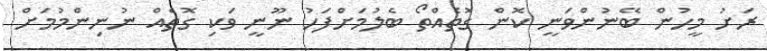
ރަށު މީހުން ބޭނުންވަނީ ކޮން ގޮތެއްތޯ ބެލުމަށްފަހު ނޫނީ ވަކި ގޮތެއް ނުނިންމުމަށް